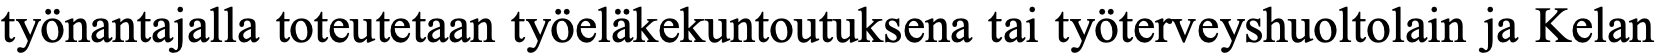
työnantajalla toteutetaan työeläkekuntoutuksena tai työterveyshuoltolain ja Kelan